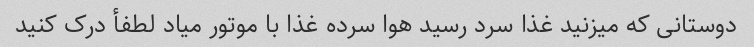
دوستانی که میزنید غذا سرد رسید هوا سرده غذا با موتور میاد لطفأ درک کنید